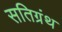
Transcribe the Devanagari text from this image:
सतिग्रंथ